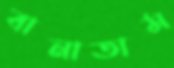
বানাতাম